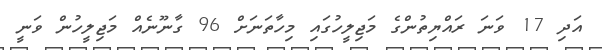
އަދި 17 ވަނަ ރައްޔިތުންގެ މަޖިލީހުގައި މިހާތަނަށް 96 ގާނޫނެއް މަޖިލީހުން ވަނީ